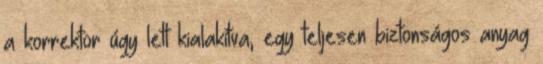
a korrektor úgy lett kialakítva, egy teljesen biztonságos anyag